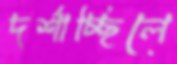
দর্শাচ্ছিলে